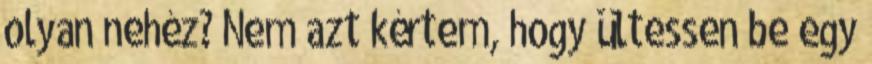
olyan nehéz? Nem azt kértem, hogy ültessen be egy